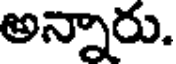
అన్నారు.